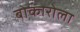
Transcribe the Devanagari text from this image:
बोकारोला